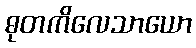
ဓုတကိလေသာယော